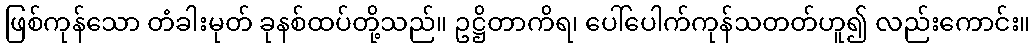
ဖြစ်ကုန်သော တံခါးမုတ် ခုနစ်ထပ်တို့သည်။ ဥဋ္ဌိတာကိရ၊ ပေါ်ပေါက်ကုန်သတတ်ဟူ၍ လည်းကောင်း။